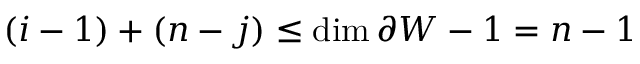
( i - 1 ) + ( n - j ) \leq \dim \partial W - 1 = n - 1